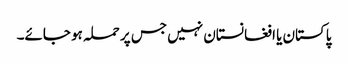
پاکستان یا افغانستان نہیں جس پر حملہ ہو جائے۔